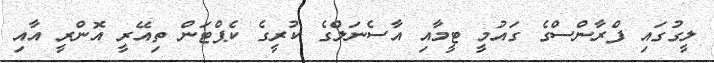
ލީގުގައި ފްރާންސްގެ ގައުމީ ޓީމާއި އާސެނަލްގެ ކުރީގެ ކެޕްޓަން ތިއޭރީ އޮންރީ އާއި